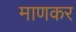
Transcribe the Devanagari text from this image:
माणकर